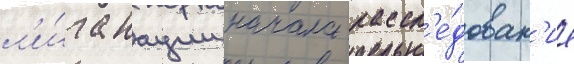
л'и́га нации начала рассл'е́дован'ие